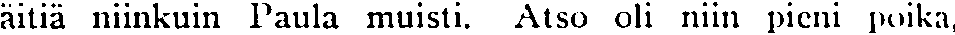
äitiä niinkuin Paula muisti. Atso oli niin pieni poika,